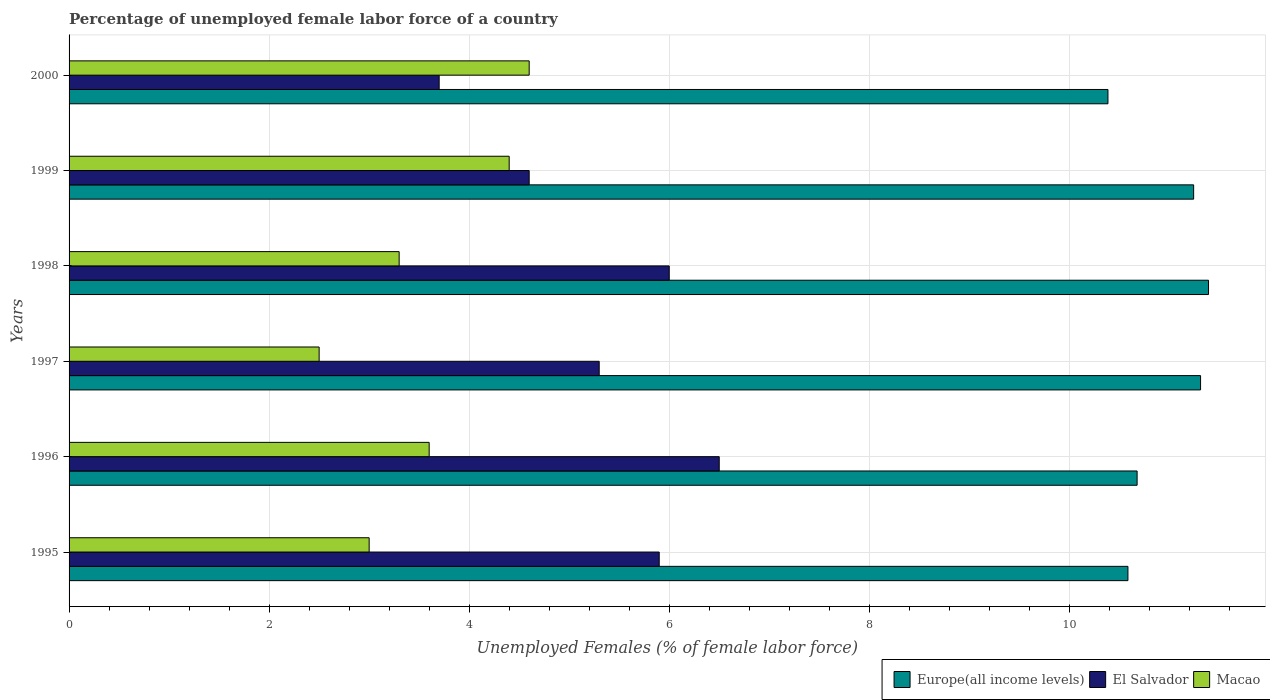
| Years | Europe(all income levels) | El Salvador | Macao |
 | --- | --- | --- | --- |
 | 1995 | 10.6 | 5.9 | 3 |
 | 1996 | 10.7 | 6.5 | 3.6 |
 | 1997 | 11.3 | 5.3 | 2.5 |
 | 1998 | 11.4 | 6 | 3.3 |
 | 1999 | 11.2 | 4.6 | 4.4 |
 | 2000 | 10.4 | 3.7 | 4.6 |